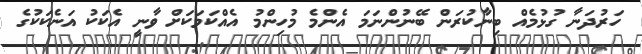
ހަރުދަނާ ގުޅުމެއް ބިނާކުރަން ބޭނުންނަމަ އެންމެ މުހިންމު އެއްކަމަކަށް ވާނީ އެކަކު އަނެކަކުގެ